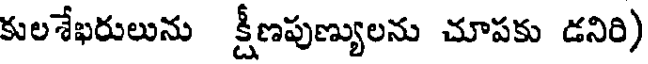
కులశేఖరులును క్షీణపుణ్యులను చూపకు డనిరి)